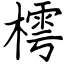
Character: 樗